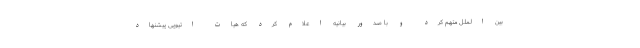
بین الملل متهم کرد و با صدور بیانیه اعلام کرد که هیات اتیوپی پیشنهاد